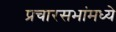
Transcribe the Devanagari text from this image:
प्रचारसभांमध्ये